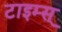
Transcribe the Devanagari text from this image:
टाइम्स्